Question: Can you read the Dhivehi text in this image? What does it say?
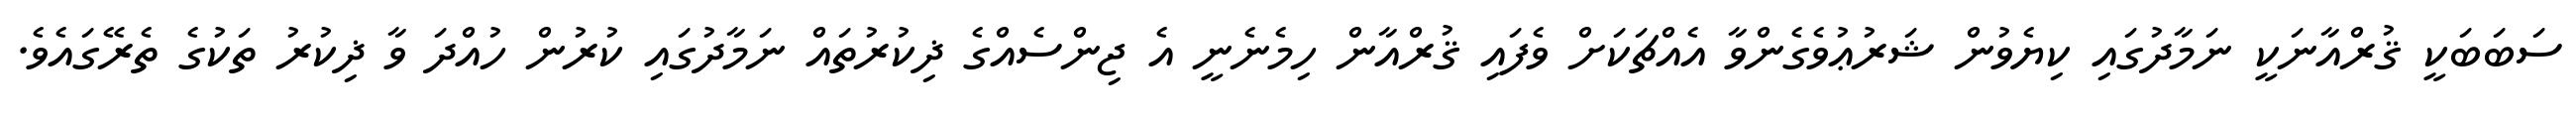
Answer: ސަބަބަކީ ޤުރްއާނަކީ ނަމާދުގައި ކިޔެވުން ޝަރުޢުވެގެންވާ އެއްޗަކަށް ވެފައި ޤުރްއާން ހިމެނެނީ އެ ޖިންސެއްގެ ޛިކުރުތައް ނަމާދުގައި ކުރުން ހުއްދަ ވާ ޛިކުރު ތަކުގެ ތެރޭގައެވެ.